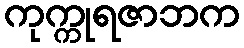
ကုက္ကုရဇာဘက